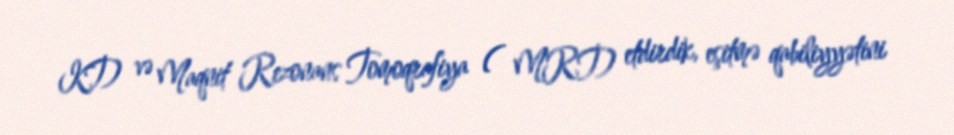
KT) və Maqnit Rezonans Tomoqrafiya ( MRT) etdirdik, eşitmə qabiliyyətini